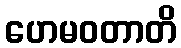
ဟေမဝတာတိ